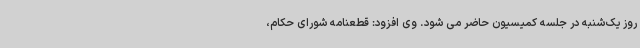
روز یک‌شنبه در جلسه کمیسیون حاضر می شود. وی افزود: قطعنامه شورای حکام،